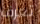
تعرف